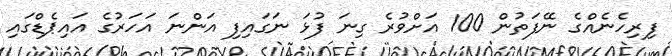
ފިރިހެނެއްގެ ނޭފަތުން 100 އަށްވުރެ ގިނަ ފުޅަ ނަގައިފި އަންނަ އަހަރުގެ އައިޕެޑްގައި